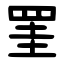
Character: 罣